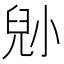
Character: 𡮅